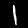
Digit: 1